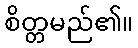
စိတ္တမည်၏။